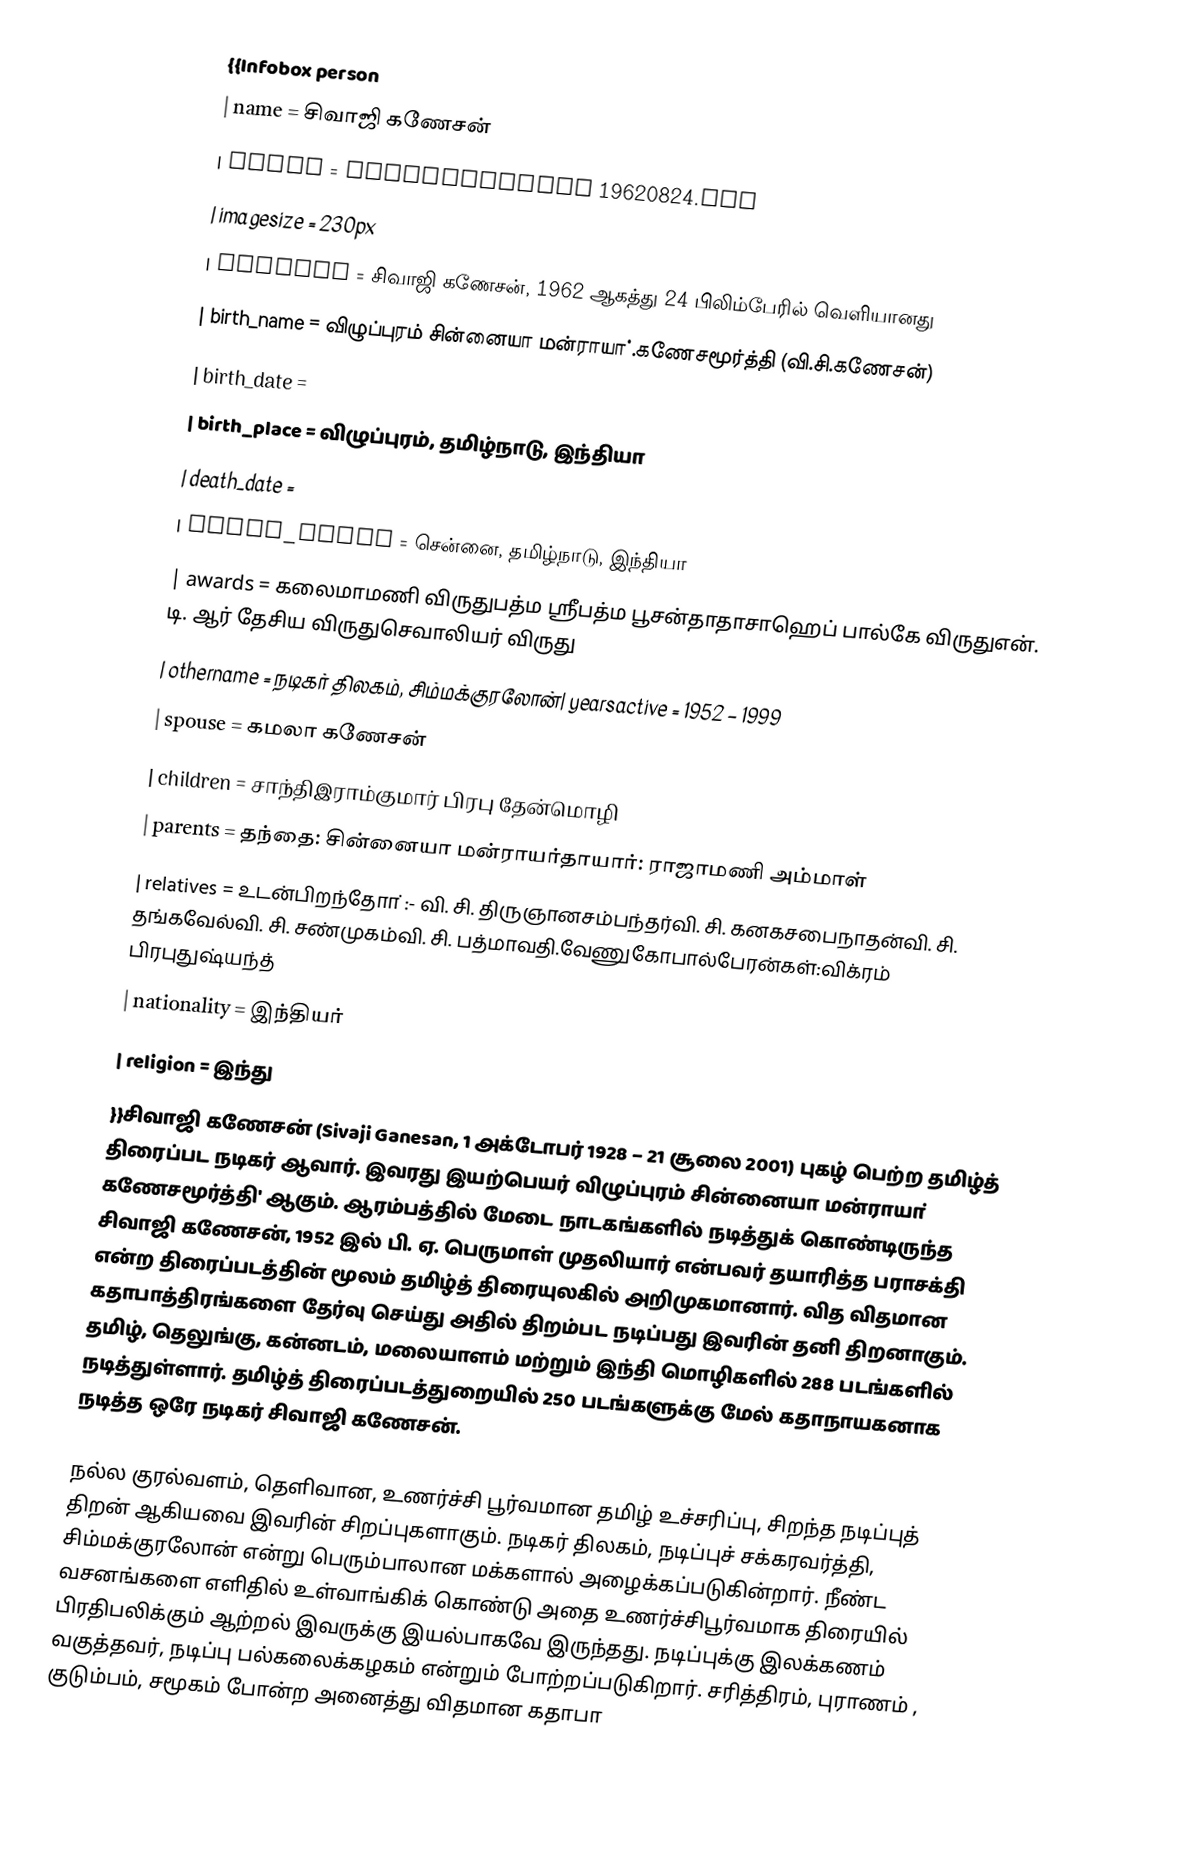
{{Infobox person
| name =  சிவாஜி கணேசன்
| image = SivajiGanesan 19620824.jpg
| imagesize = 230px
| caption = சிவாஜி கணேசன், 1962 ஆகத்து 24 பிலிம்பேரில் வெளியானது
| birth_name = விழுப்புரம் சின்னையா மன்ராயா்.கணேசமூர்த்தி (வி.சி.கணேசன்)
| birth_date =
| birth_place = விழுப்புரம், தமிழ்நாடு, இந்தியா
| death_date =
| death_place = சென்னை, தமிழ்நாடு, இந்தியா
| awards =  கலைமாமணி விருதுபத்ம ஸ்ரீபத்ம பூசன்தாதாசாஹெப் பால்கே விருதுஎன். டி. ஆர் தேசிய விருதுசெவாலியர் விருது
| othername = நடிகர் திலகம், சிம்மக்குரலோன்| yearsactive = 1952 – 1999
| spouse = கமலா கணேசன்
| children = சாந்திஇராம்குமார் பிரபு தேன்மொழி
| parents  = தந்தை: சின்னையா மன்ராயா்தாயாா்: ராஜாமணி அம்மாள்
| relatives = உடன்பிறந்தோா் :- வி. சி. திருஞானசம்பந்தர்வி. சி. கனகசபைநாதன்வி. சி. தங்கவேல்வி. சி. சண்முகம்வி. சி. பத்மாவதி.வேணுகோபால்பேரன்கள்:விக்ரம் பிரபுதுஷ்யந்த்
| nationality = இந்தியர்
| religion = இந்து
}}சிவாஜி கணேசன் (Sivaji Ganesan, 1 அக்டோபர் 1928 – 21 சூலை 2001) புகழ் பெற்ற தமிழ்த் திரைப்பட நடிகர் ஆவார். இவரது இயற்பெயர் விழுப்புரம் சின்னையா மன்ராயா் கணேசமூர்த்தி' ஆகும். ஆரம்பத்தில் மேடை நாடகங்களில் நடித்துக் கொண்டிருந்த சிவாஜி கணேசன், 1952 இல் பி. ஏ. பெருமாள் முதலியார் என்பவர் தயாரித்த பராசக்தி என்ற திரைப்படத்தின் மூலம் தமிழ்த் திரையுலகில் அறிமுகமானார். வித விதமான கதாபாத்திரங்களை தேர்வு செய்து அதில் திறம்பட  நடிப்பது இவரின் தனி திறனாகும். தமிழ், தெலுங்கு, கன்னடம், மலையாளம் மற்றும் இந்தி மொழிகளில் 288 படங்களில் நடித்துள்ளார். தமிழ்த் திரைப்படத்துறையில் 250 படங்களுக்கு மேல் கதாநாயகனாக நடித்த ஒரே நடிகர் சிவாஜி கணேசன்.

நல்ல குரல்வளம், தெளிவான, உணர்ச்சி பூர்வமான தமிழ் உச்சரிப்பு, சிறந்த நடிப்புத் திறன் ஆகியவை இவரின் சிறப்புகளாகும். நடிகர் திலகம், நடிப்புச் சக்கரவர்த்தி, சிம்மக்குரலோன் என்று பெரும்பாலான மக்களால் அழைக்கப்படுகின்றார். நீண்ட வசனங்களை எளிதில் உள்வாங்கிக் கொண்டு அதை உணர்ச்சிபூர்வமாக திரையில் பிரதிபலிக்கும் ஆற்றல் இவருக்கு இயல்பாகவே இருந்தது. நடிப்புக்கு இலக்கணம் வகுத்தவர், நடிப்பு பல்கலைக்கழகம் என்றும் போற்றப்படுகிறார். சரித்திரம்,  புராணம் , குடும்பம், சமூகம் போன்ற அனைத்து விதமான கதாபா